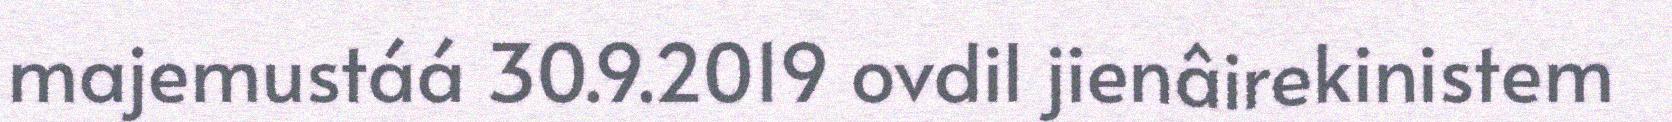
majemustáá 30.9.2019 ovdil jienâirekinistem